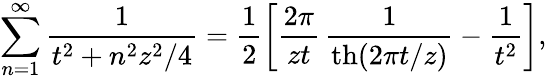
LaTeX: \sum_{n=1}^{\infty}\frac{1}{t^{2}+n^{2}z^{2}/4}=\frac 12\left[\frac{2\pi}{zt}\, \frac{1}{\mathrm{th}(2\pi t/z)}-\frac{1}{t^{2}}\right],